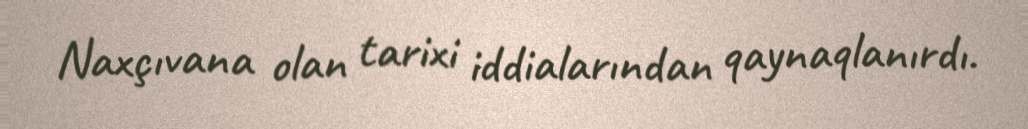
Naxçıvana olan tarixi iddialarından qaynaqlanırdı.